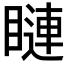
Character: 𥊩